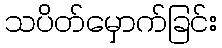
သပိတ်မှောက်ခြင်း